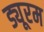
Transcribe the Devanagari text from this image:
ड्यूरम